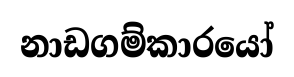
නාඩගම්කාරයෝ